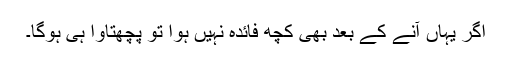
اگر یہاں آنے کے بعد بھی کچھ فائدہ نہیں ہوا تو پچھتاوا ہی ہوگا۔